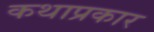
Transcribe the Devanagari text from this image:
कथाप्रकार